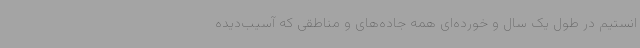
انستیم در طول یک سال و خورده‌ای همه جاده‌های و مناطقی که آسیب‌دیده